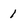
Character: 1